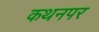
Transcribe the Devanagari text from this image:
कथनपर